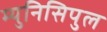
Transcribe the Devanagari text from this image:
म्युनिसिपुल